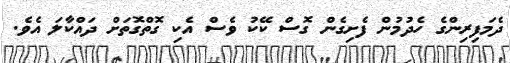
ދެމަފިރިންގެ ހެދުމުން ފެށިގެން ގޮސް ކޭކު ވެސް އެކި ގޮތްގޮތަށް ދައްކާލަ އެވެ.